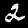
Label: 2